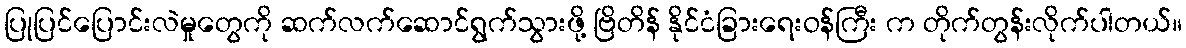
ပြုပြင်ပြောင်းလဲမှုတွေကို ဆက်လက်ဆောင်ရွက်သွားဖို့ ဗြိတိန် နိုင်ငံခြားရေးဝန်ကြီး က တိုက်တွန်းလိုက်ပါတယ်။